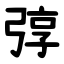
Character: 弴